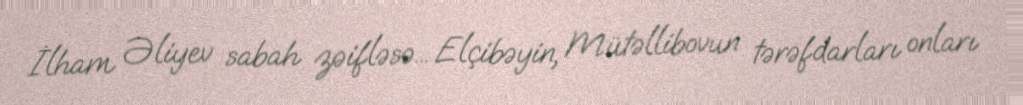
İlham Əliyev sabah zəifləsə... Elçibəyin, Mütəllibovun tərəfdarları onları